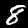
Digit: 8